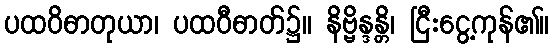
ပထဝိဓာတုယာ၊ ပထဝီဓာတ်၌။ နိဗ္ဗိန္ဒန္တိ၊ ငြီးငွေ့ကုန်၏။